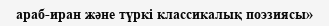
араб-иран және түркі классикалық поэзиясы»